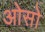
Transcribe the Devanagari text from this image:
ओसो